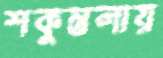
শকুন্তলায়